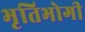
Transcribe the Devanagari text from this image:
भृतिभोगी